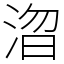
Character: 㳷